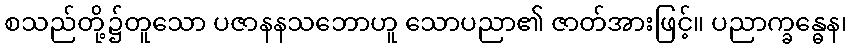
စသည်တို့၌တူသော ပဇာနနသဘောဟူ သောပညာ၏ ဇာတ်အားဖြင့်။ ပညာက္ခန္ဓေန၊